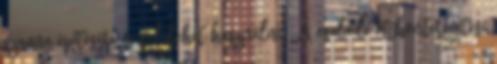
szauna építésére is fel lehet használni. A családi otthonteremtési